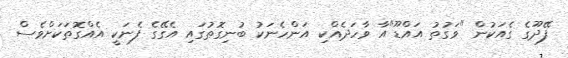
ފޭދޫގެ ގެއަކުން "ވަގުތު އައްޑޫ"އާ ވާހަދެއްކި އަންހެނަކު ބުނިގޮތުގައި އެގޭގެ ފެނަކީ އެއްގޮތަކަށްވެސް